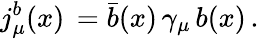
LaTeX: j_{\mu}^{b}(x)\, =\bar{b}(x)\, \gamma_{\mu}\, b(x)\, .